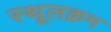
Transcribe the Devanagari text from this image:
स्थूलक्रम